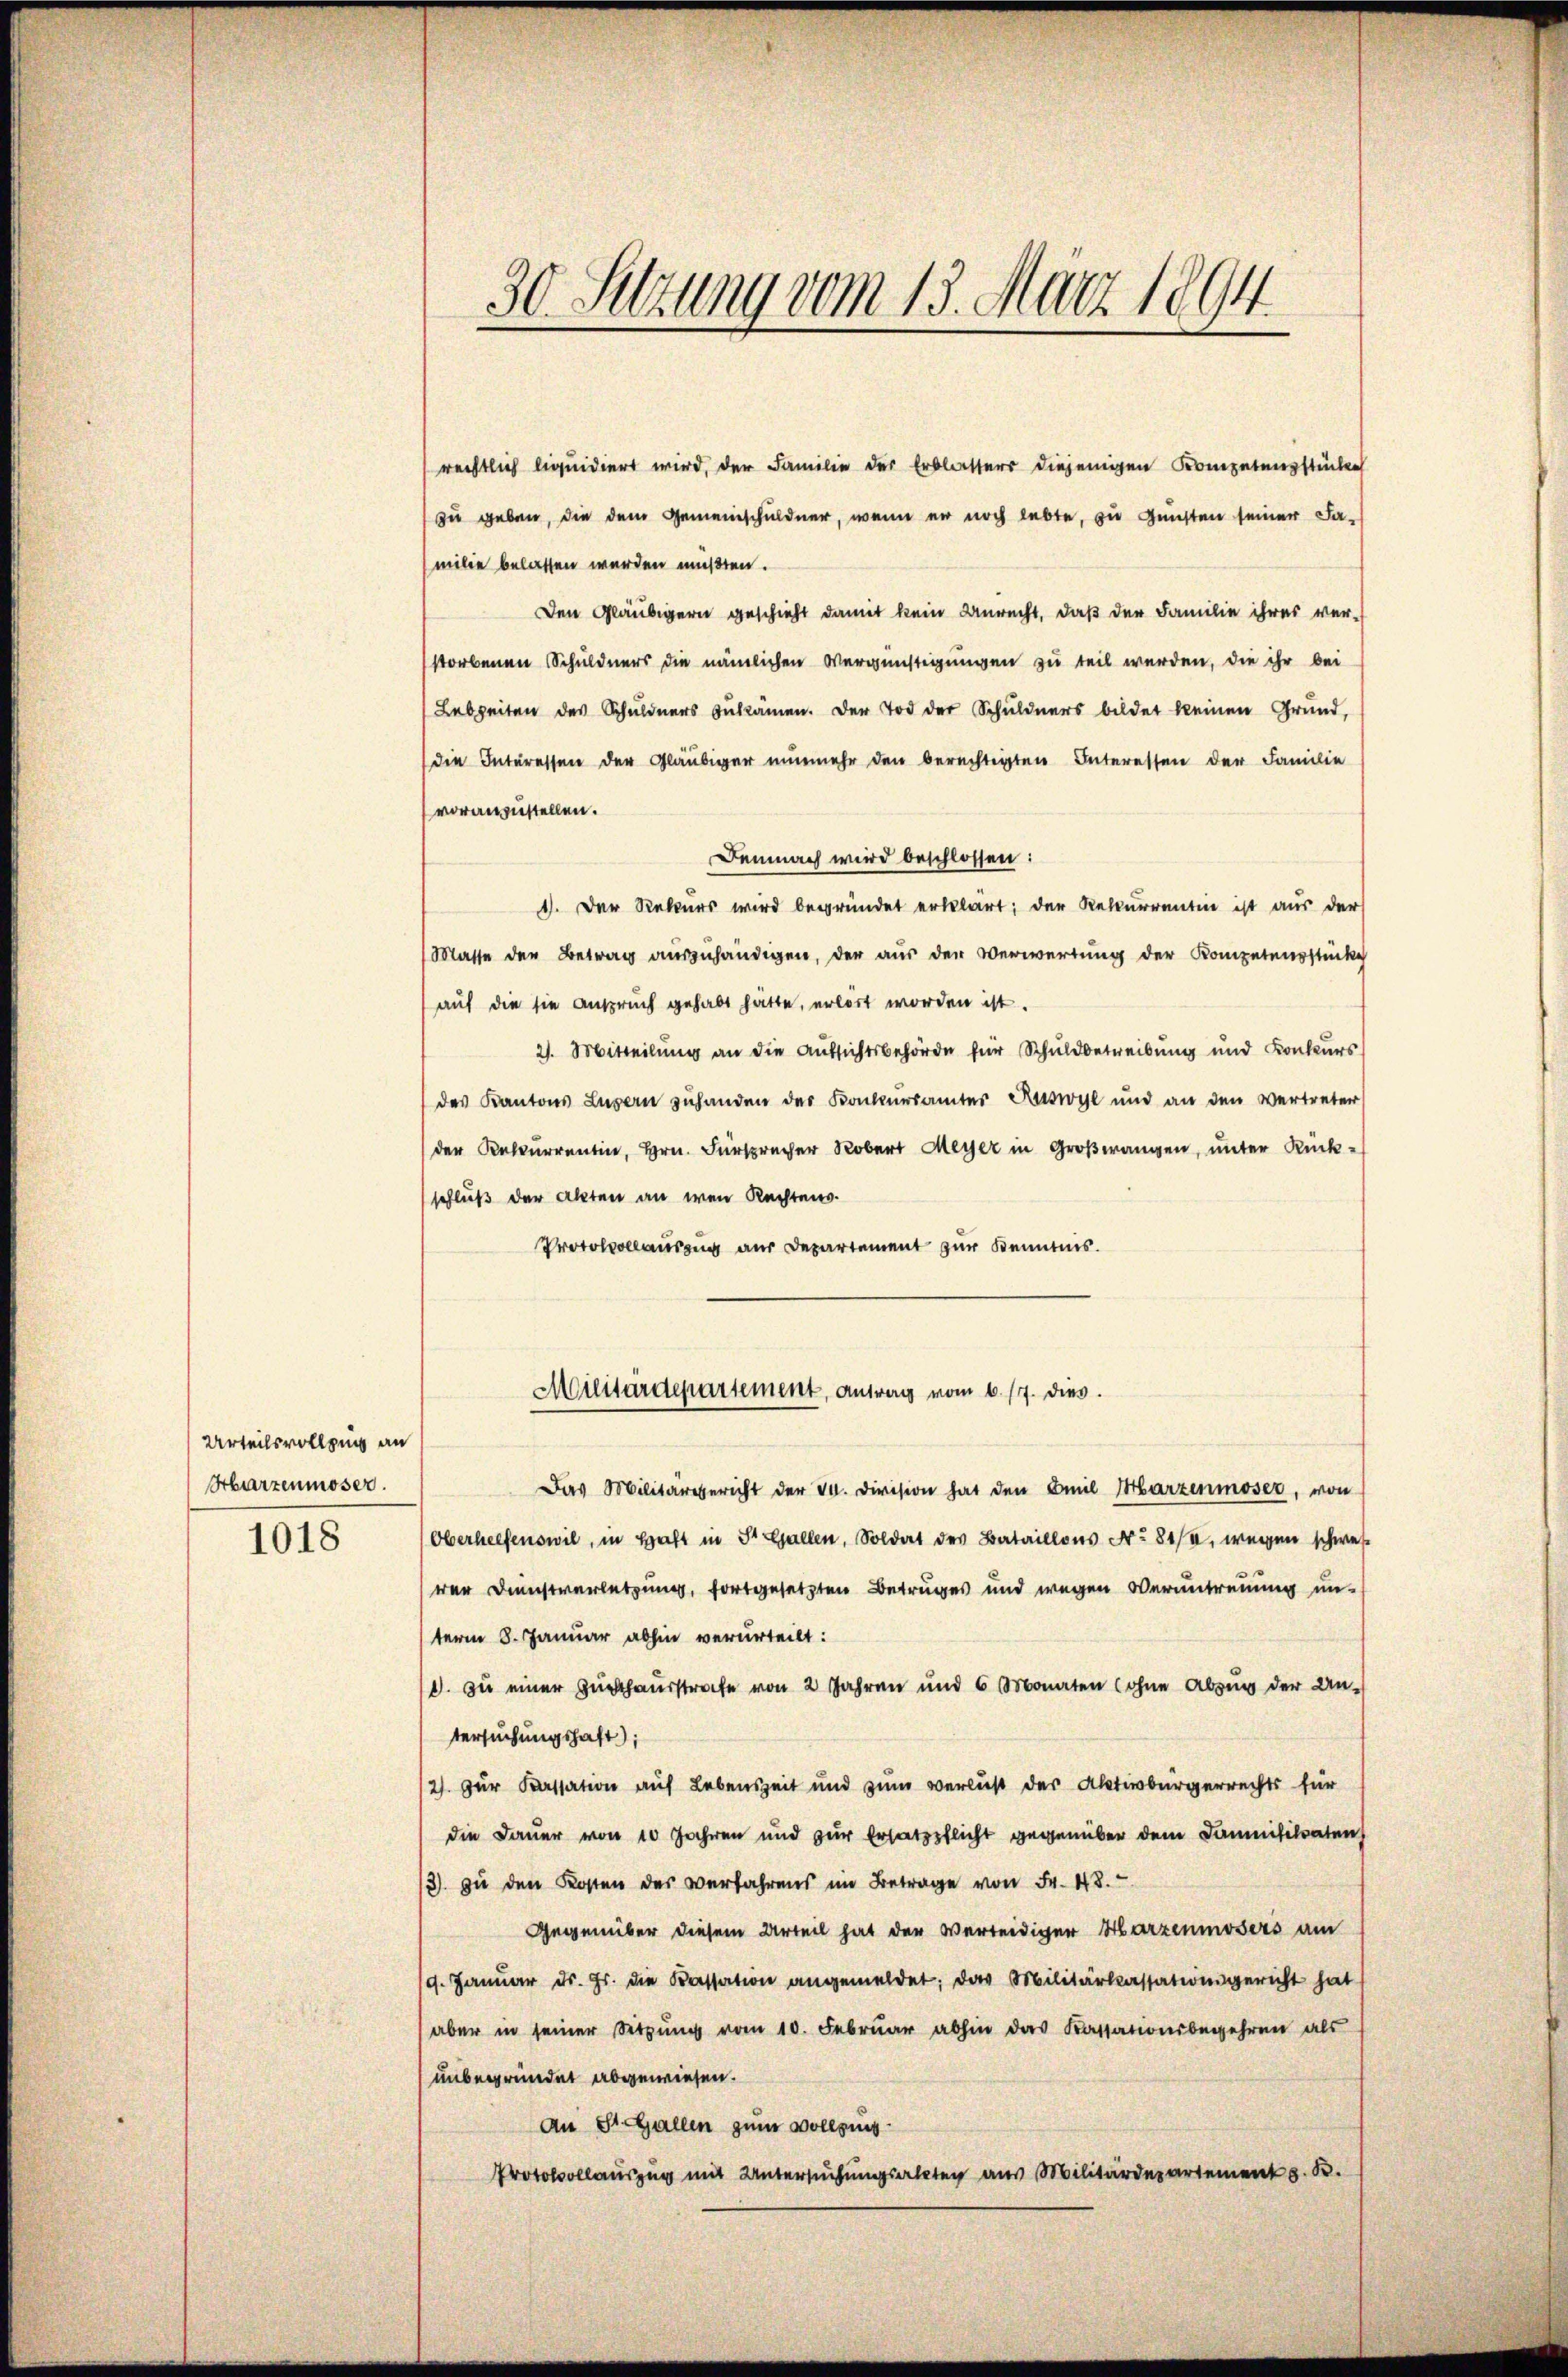
Urteilsvollzug an
Harzenmoser.

1018

30 Setzung vom 13. März 1894.

rechtlich liquidiert wird, der Familie des Erblassers diejenigen Kompetenzstücken
zu geben, die dem Gemeinschuldner, wenn er noch lebte, zu Gunsten seiner Fa-
milie belassen werden mußten.
Den Gläubigern geschieht damit kein Unrecht, daß der Familie ihres ver-
storbenen Schuldners die nämlichen Vergünstigungen zu teil werden, die ihr bei
Lebzeiten des Schuldners bekämen. Der Tod der Schuldners bildet keinen Grund,
die Interessen der Gläubiger nunmehr den berechtigten Interessen der Familie
voranzustellen.
Demnach wird beschlossen:
1. Der Rekurs wird begründet erklärt; der Rekurrentin ist aus der
Masse der Betrag auszuhändigen, der aus der Verwertung der Kompetensstücke
auf die sie anspruch gehabt hätte, erlört worden ist.
2. Mitteilung an die Aufsichtsbehörde für Schuldbetreibung und Konkurs
des Kantons Luzern zuhanden des Konkursämter Ruswyl und an den Vertreter
der Kalkurrentin, Hrn. Fürsprecher Rober Meyer in Groβwangen, unter Rück-
schluß der Akten an wen Rechtens.
Protokollauszug aus Departement zur Kenntnis.
Militärdepartement, Antrag vom 6. 17. dies.
Das Militärgericht der V. Division hat den Emil Marzenmoser, von
(Oberhelfenswil, in Haft in St. Gallen, Soldat des Bataillons No 81/4, wegen schwes
wer Dienstverletzung, fortgesetzten Betruges und wegen Verantreuung un-
term 8. Januar abhin verurteilt:
d. zu einer Zuchthausstrafe von 2 Jahren und 6 Monaten (ohne Abzug der An-
tersuchungshaft);
2) zur Kassation auf Lebenszeit und zum Verlust der Aktivbürgerrechts für
die Dauer von 10 Jahren und zur Ersatzpflicht gegenüber dem Dammifikaten
/3 zu den Kosten des verfahrens im Betrage von Fr. 48.
Gegenüber diesem Urteil hat der Verteidiger Harzenmosers am
9. Januar d. Js. die Kassation angemeldet; das Militärkassationsgericht hat
aber in seiner Sitzŭng vom 10. Febrŭar abhin das Kassationsbegehren als
unbegründet abgewiesen.
An St. Gallen zum Vollging.
Protokollauszug mit Untersuchungsalten aus Militärdepartement z. B.